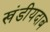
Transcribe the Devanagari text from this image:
खंडीयदाब